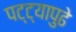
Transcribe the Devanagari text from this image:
पट्ट्यापुढे